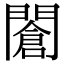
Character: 𨶆